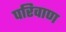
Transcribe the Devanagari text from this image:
परिवाण